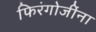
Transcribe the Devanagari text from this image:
फिरंगोजींना